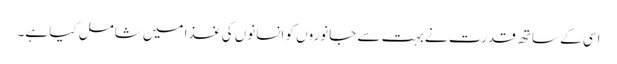
اسی کے ساتھ قدرت نے بہت سے جانوروں کو انسانوں کی غذا میں شامل کیا ہے۔